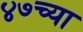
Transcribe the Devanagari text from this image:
४७च्या